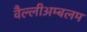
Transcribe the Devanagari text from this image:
वैल्लीअम्बलम